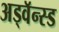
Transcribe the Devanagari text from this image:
अड्वॅन्स्ड